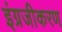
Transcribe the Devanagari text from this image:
इंग्रजीकरण